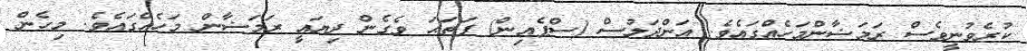
ކުރެވުނީވެސް ރަމަޟާންމަހެއްގައެވެ. އަންދަލުސް (ސްޕެއިން) ފަތަޙަ ވެގެން ދިޔައީ ރަމަޟާން މަހެއްގައެވެ. މިހެން